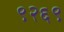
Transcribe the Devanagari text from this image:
९२६९